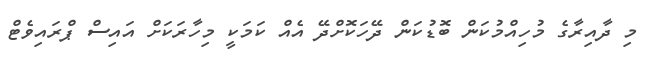
މި ދާއިރާގެ މުހިއްމުކަން ބޮޑުކަން ދޭހަކޮށްދޭ އެއް ކަމަކީ މިހާރަކަށް އައިސް ޕްރައިވެޓް